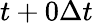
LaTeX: t+0\Delta t